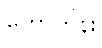
ဟောကိန်း